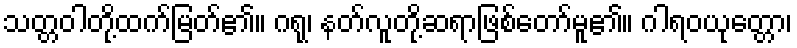
သတ္တဝါတို့ထက်မြတ်၏။ ဂရု၊ နတ်လူတို့ဆရာဖြစ်တော်မူ၏။ ဂါရဝယုတ္တော၊